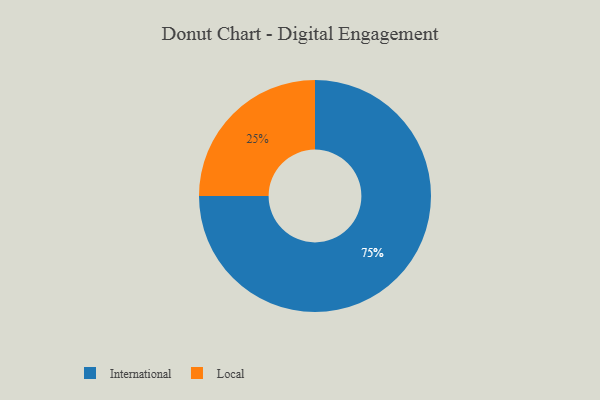
{"axis": {"x": "Category", "y": "Percentage"}, "legend": ["International", "Local"], "data": [{"x": "International", "y": 75, "type": "International"}, {"x": "Local", "y": 25, "type": "Local"}]}